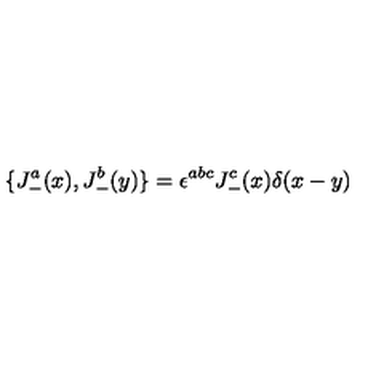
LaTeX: \{ J _ { - } ^ { a } ( x ) , J _ { - } ^ { b } ( y ) \} = \epsilon ^ { a b c } J _ { - } ^ { c } ( x ) \delta ( x - y )